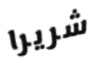
شريرا